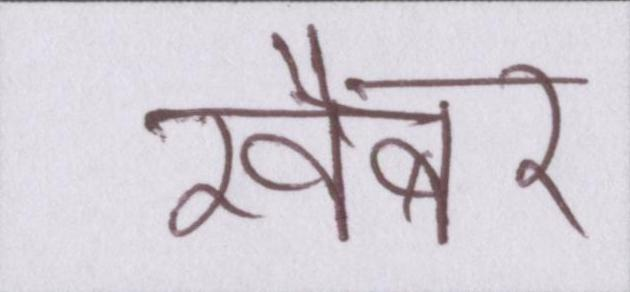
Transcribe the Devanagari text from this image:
खैबर